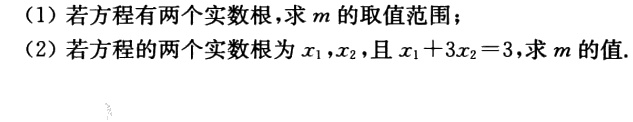
(1) 若方程有两个实数根，求 \(m\) 的取值范围；

(2) 若方程的两个实数根为 \(x_1,x_2\)，且 \(x_1 + 3x_2 = 3\)，求 \(m\) 的值.